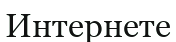
Интернете